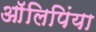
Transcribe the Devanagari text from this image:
आॅलिपिंया